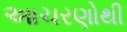
આચરણોથી